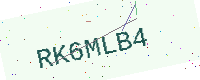
Text: RK6MLB4